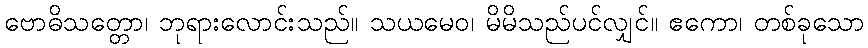
ဗောဓိသတ္တော၊ ဘုရားလောင်းသည်။ သယမေဝ၊ မိမိသည်ပင်လျှင်။ ဧကော၊ တစ်ခုသော